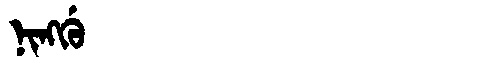
Manchu: ᠨᡳᠩᡤᡠ
Romanization: NINGGU